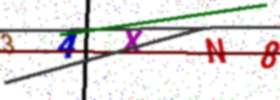
Text: 34XN8